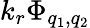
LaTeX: k_{r}\Phi_{q_{1},q_{2}}